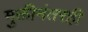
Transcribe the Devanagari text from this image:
मुक्तीनंतरही